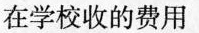
在学校收的费用